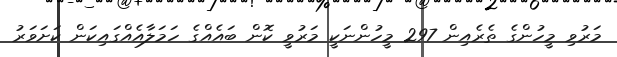
މަރުވި މީހުންގެ ތެރެއިން 297 މީހުންނަކީ މަރުވީ ކޮން ބައެއްގެ ހަމަލާއެއްގައިކަން ކަށަވަރު